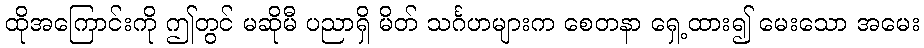
ထိုအကြောင်းကို ဤတွင် မဆိုမီ ပညာရှိ မိတ် သင်္ဂဟများက စေတနာ ရှေ့ထား၍ မေးသော အမေး